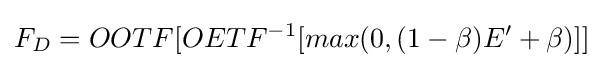
F_{D}=OOTF[OETF^{-1}[max(0,(1-\beta )E'+\beta )]]